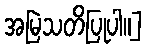
အမြဲသတိပြုပါ။]